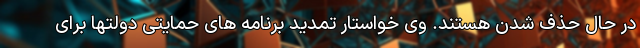
در حال حذف شدن هستند. وی خواستار تمدید برنامه های حمایتی دولتها برای